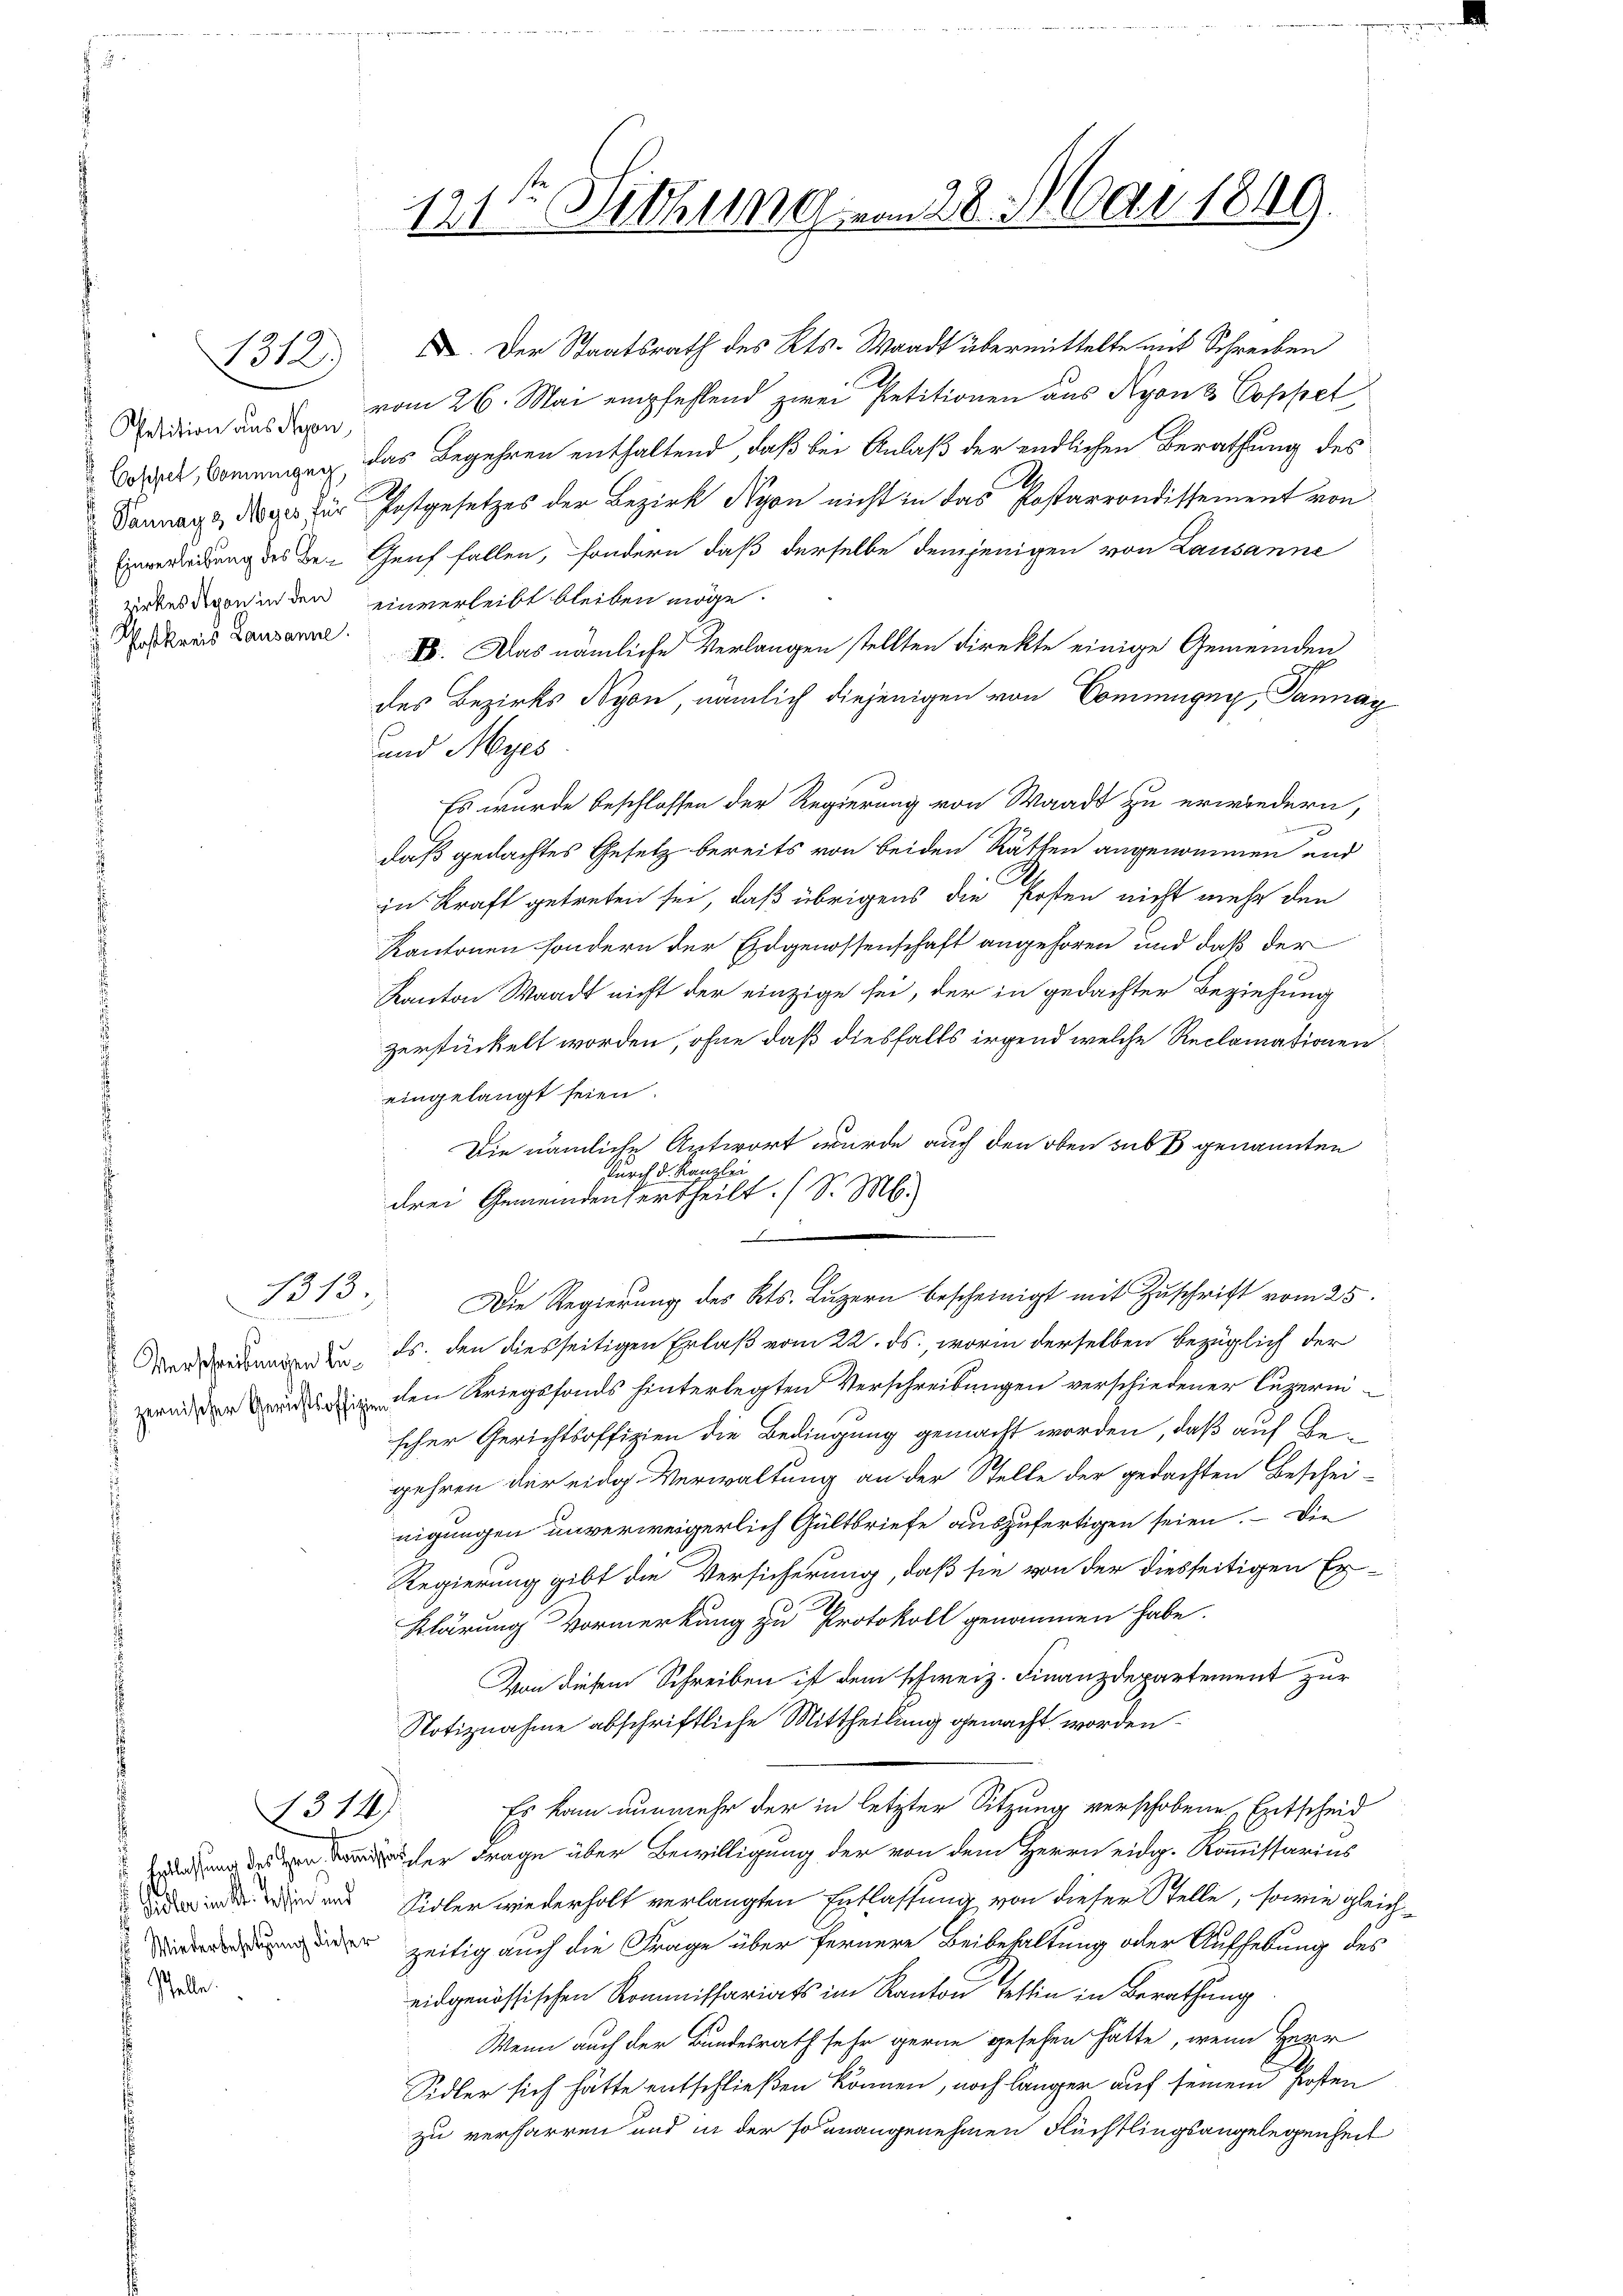
u Petition aus Nyon,
Coschet, komenigen
Vannay & Myes, für
Einverleibung des Ge¬
 zirkes Nyon in den
Poskreis Lausanne

1312)

1313

Pfelle

314

121. Sitzung vom 28. Mai 1849.

XI. Der Staatsrath des Kts. Waadt übermittelte mit Schreiben
vom 26. Mai empfehlend zwei Petitionen aus Nyon Coppet
das Begehren enthaltend, daß bei Anlaß der endlichen Berathung des
Z
Postgesetzes der Bezirk Nyon nicht in das Postarrondissement von
Genf fallen, sondern, daß derselbe demjenigen von Lausanne
einverleibt bleiben möge.
E. Das nämliche Verlangen stellten direkte einige Gemeinden
des Bezirks Nyon, nämlich diejenigen von Commigny, Pannay
und Myes
Es wurde beschlossen der Regierung von Waadt zu erwiedern,
daß gedachtes Gesetz bereits von beiden Räthen angenommen und
in Kraft getreten sei, daß übrigens die Posten nicht mehr den
Kantonen sondern der Eidgenossenschaft angehören und daß der
Kanton Waadt nicht der einzige sei, der in gedachter Beziehung
zerstückelt worden, ohne daß diesfalls irgend welche Reclamationen:
eingelangt seien.
Die nämliche Antwort wurde auch den oben sub 3 genannten
durch d. Kanzlei
drei Gemeindentertheilt. (S. M.
d
Die Regierung des Kts. Luzern bescheinigt mit Zuschrift vom 25.
Oerdankendenden, es den diesseitigen Erlaß vom 22. ds., worin derselben bezüglich der
wen der Grund den Kriegsfonds hinterlegten Verschreibungen verschiedener Luzernscher Gerichtsoffizien die Bedingung gemacht worden, daß auf Begehren der eidg. Verwaltung an der Stelle der gedachten Beschei-
nigungen unverweigerlich Gültbriefe auszufertigen seien. — Die
Regierung gibt die Versicherung, daß sie von der diesseitigen Er-
Klärung Vormerkung zu Protokoll genommen habe.
Von diesem Schreiben ist dem schweiz. Finanzdepartement zur
Notiznahme abschriftliche Mittheilung gemacht worden
Es kam nunmehr der in letzter Sitzung verschobene Entscheid
er Frage über Bewilligung der von dem Herrn eidg. Kommissarius
 d und Sidler wiederholt verlangten Entlassung von dieser Stelle, sowie gleic
 zeitig auch die Frage über fernere Beibehaltung oder Aufhebung des
eidgenössischen Kommissariats im Kanton Tessin in Berathung
Wenn auch der Bundesrath sehr gerne gesehen hätte, wenn Herr
Sidler sich hatte entschließen können, noch länger auf seinem Posten
zu verharren und in der so unangenehmen Flüchtlingsangelegenheit